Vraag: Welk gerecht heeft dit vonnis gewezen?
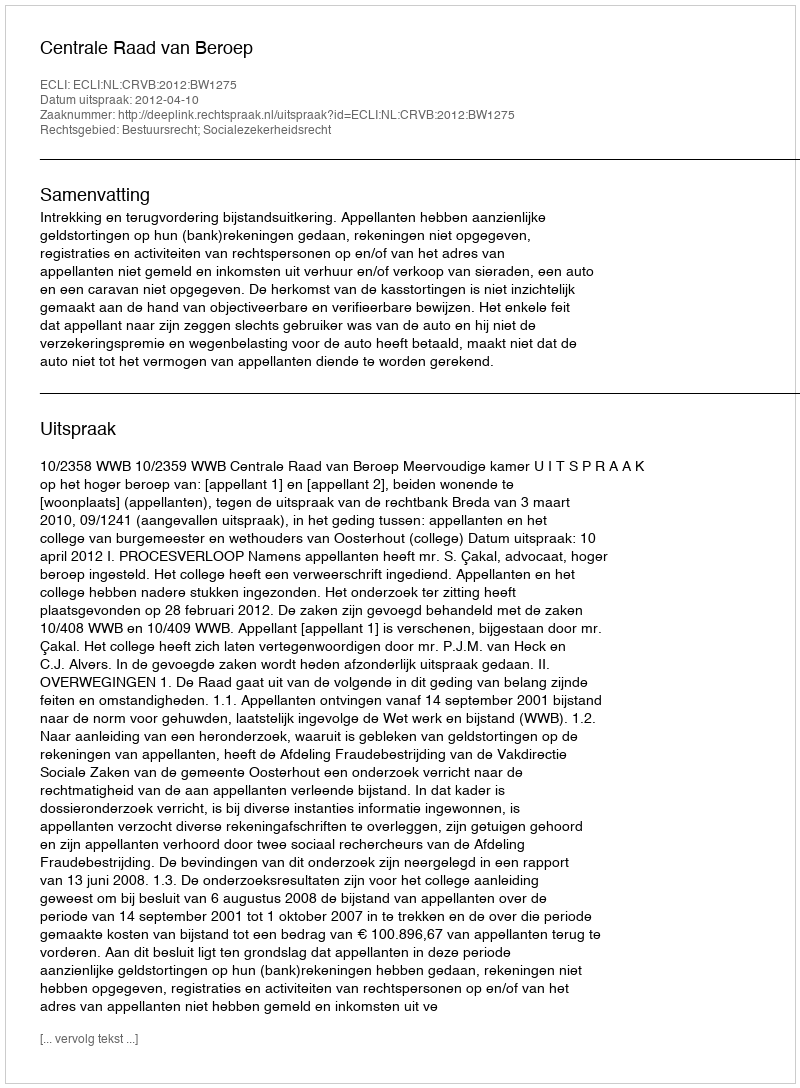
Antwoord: Centrale Raad van Beroep